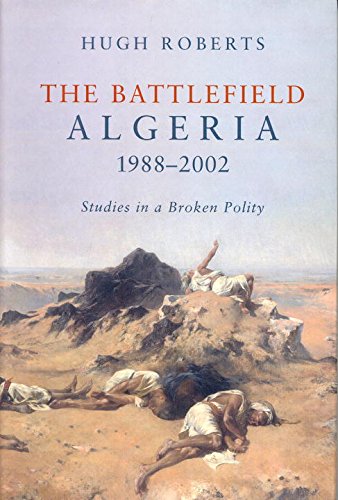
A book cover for The Battlefield: Algeria 1988-2002, Studies in a Broken Polity; Hugh Roberts; History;